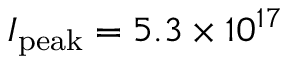
I _ { \mathrm { p e a k } } = 5 . 3 \times 1 0 ^ { 1 7 }